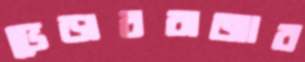
ভেড়ারবাজার